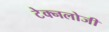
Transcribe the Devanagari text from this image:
टेक्नलोजी